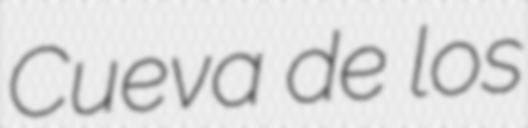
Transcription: Cueva de los